Vabadussoja_Ajaloo_Komitee, lk 54
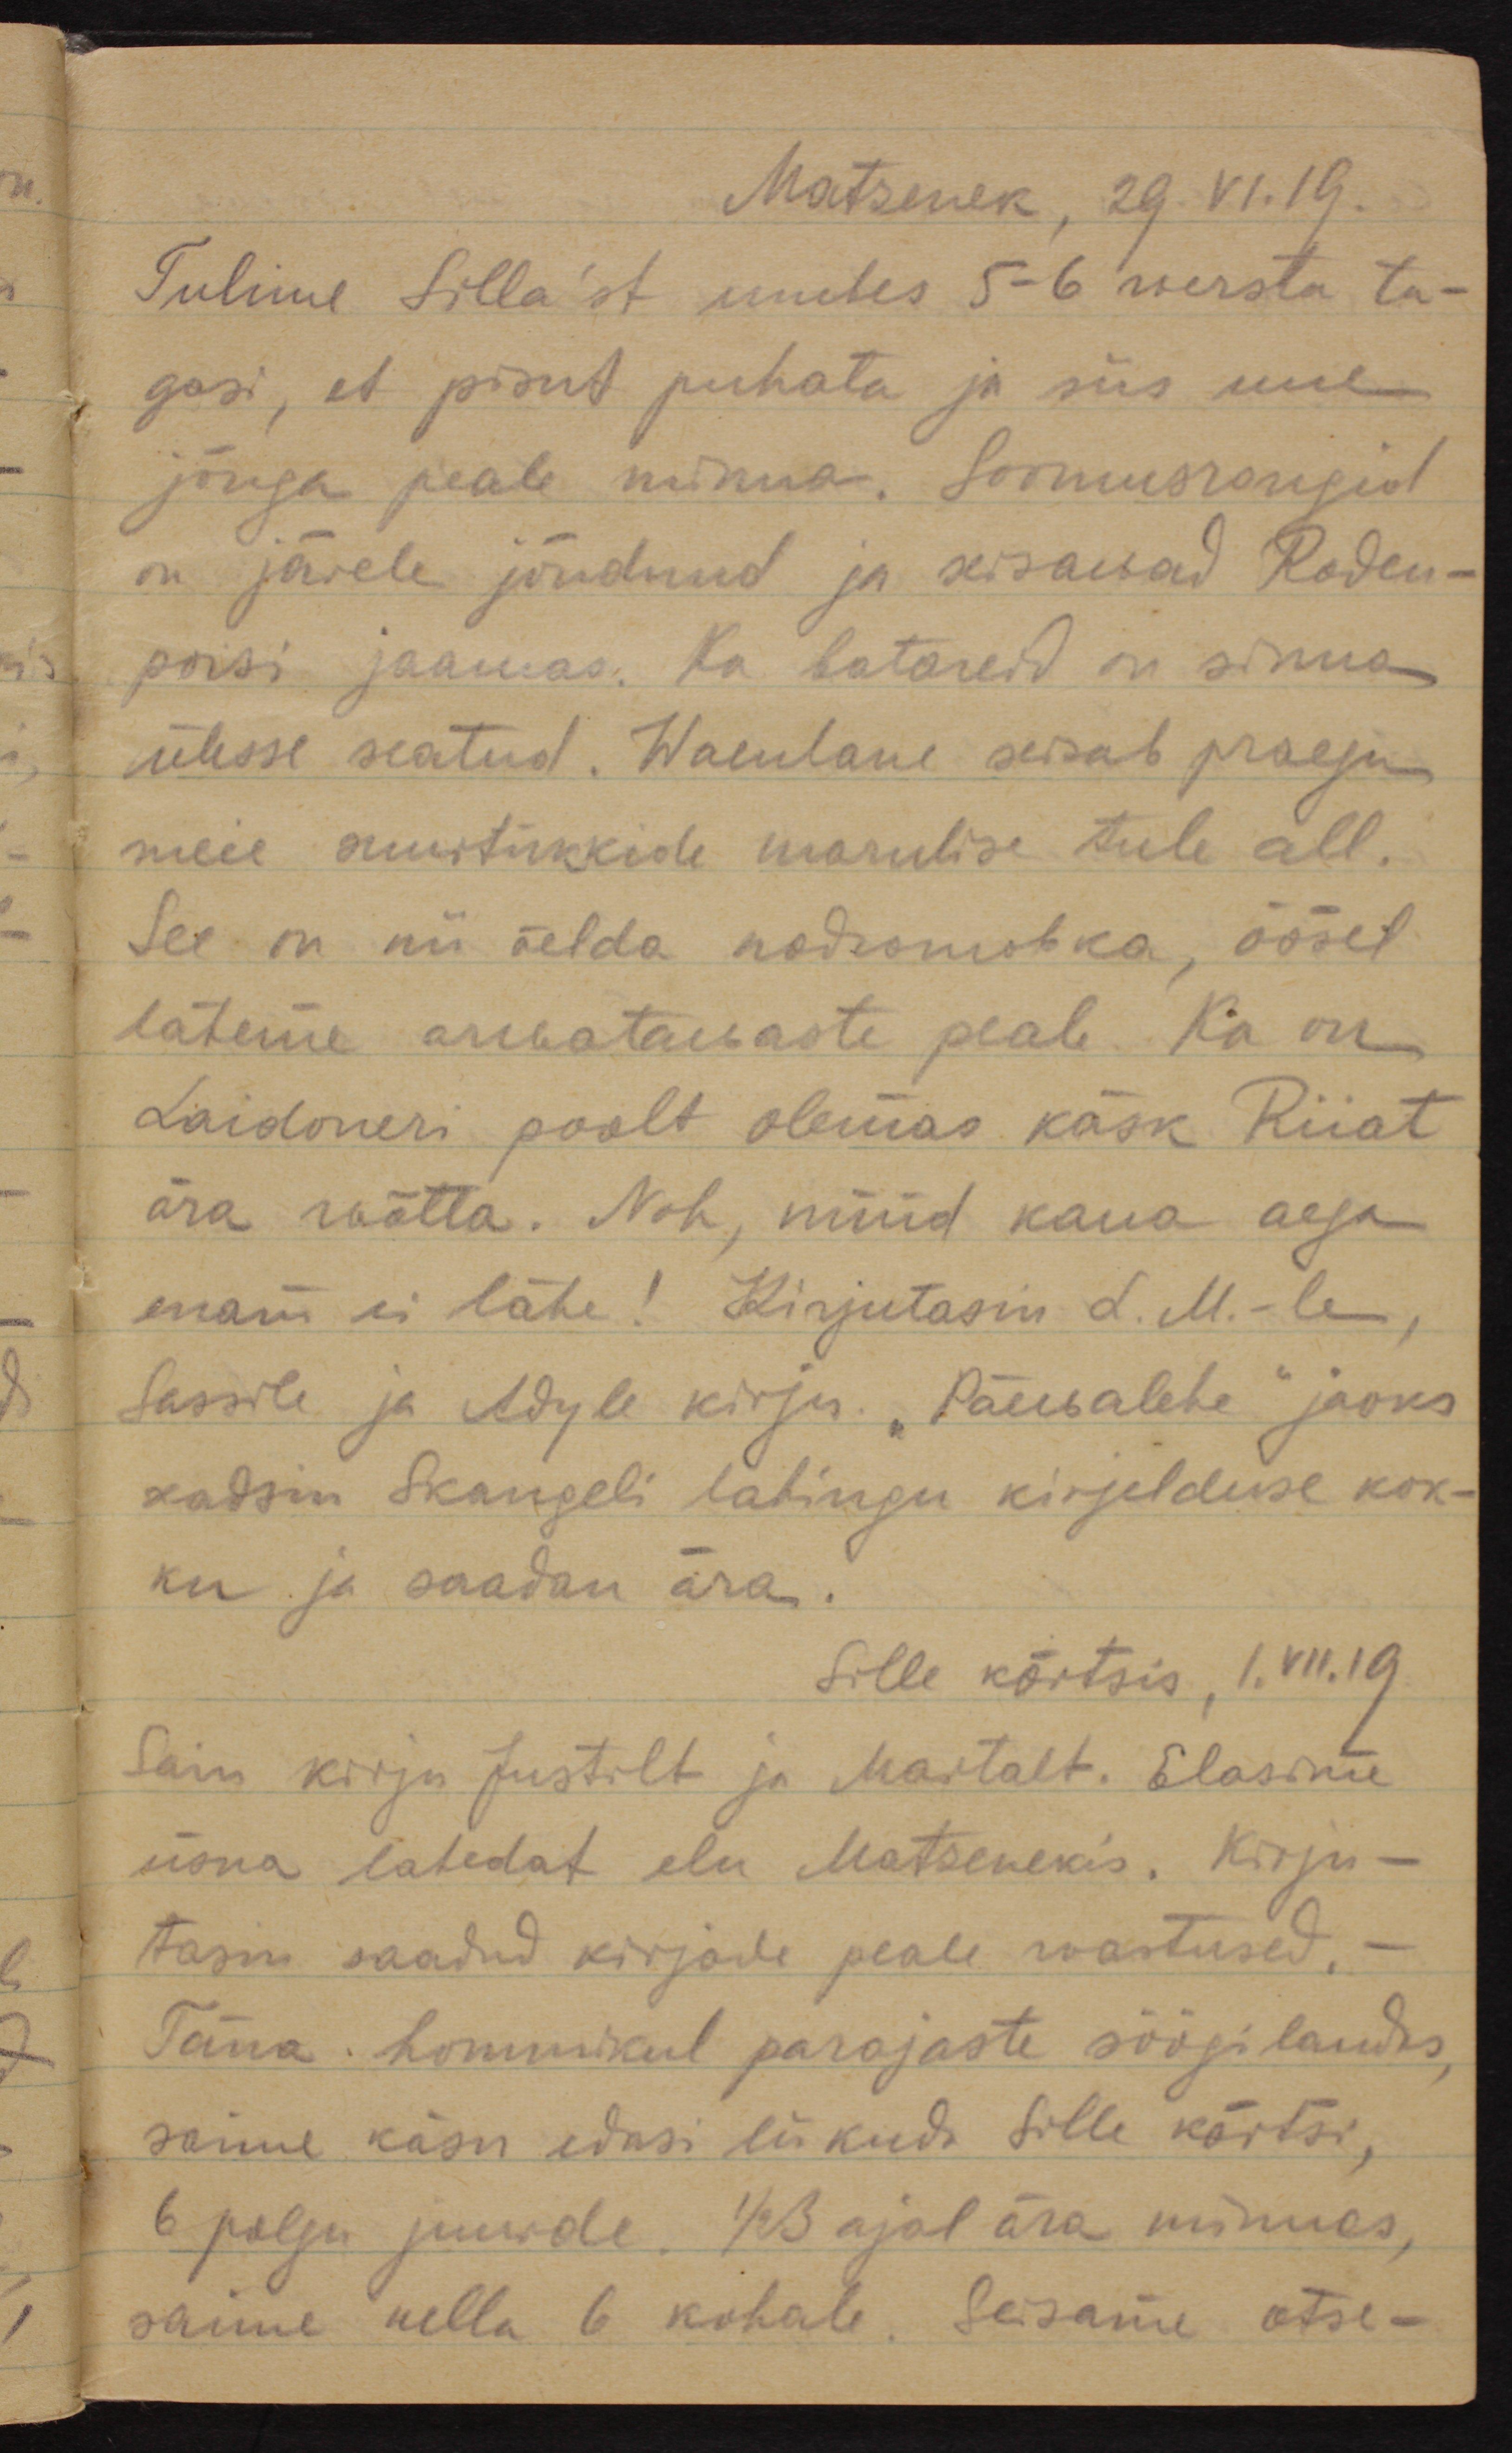
Matzenek, 29. VI. 19.
Tulime Silla´st umbes 5-6 wersta ta-
gasi, et pisut puhata ja siis uue
jõuga peale minna. Soomusrongid
on järele jõudnud ja seisawad Roden-
poisi jaamas. Ka batareid on sinna 
ülesse seatud. Waenlane seisab praegu
meie suurtükkide marulise tule all.
See on nii öelda подготовка, öösel
läheme arwatawaste peale. Ka on
Laidoneri poolt olemas käsk Riiat 
ära wõtta. Noh, nüüd kaua aega
enam ei lähe! Kirjutasin L. M. -le, 
Sassile ja Adyle kirju. "Päevalehe" jaoks 
seadsin Skangeli lahingu kirjelduse kok-
ku ja saadan ära.
Sille kõrtsis, 1. VII. 19
Sain kirju Justilt ja Martalt. Elasime 
üsna lahedat elu Matzenekis. Kirju-
tasin saadud kirjade peale wastused. -
Täna hommikul parajaste söögilaudas, 
saime käsu edasi liikuda Sille kõrtsi, 
6 polgu juurde. 1/2 3 ajal ära minnes,
saime kella 6 kohale. Seisame otse-